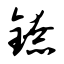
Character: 镣